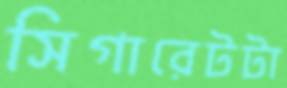
সিগারেটটা